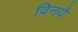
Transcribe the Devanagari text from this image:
विनये